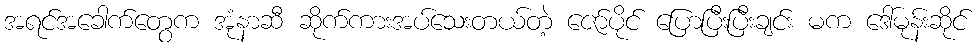
အရင်အခေါက်တွေက အုံနာဆီ ဆိုက်ကားအပ်သေးတယ်တဲ့ ဇော်ပိုင် ပြောပြီးပြီးချင်း မက ဒေါ်မုန်းဆိုင်